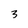
Character: 3